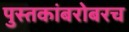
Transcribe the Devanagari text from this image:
पुस्तकांबरोबरच